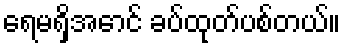
ရေမရှိအောင် ခပ်ထုတ်ပစ်တယ်။